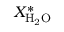
X _ { \mathrm { H _ { 2 } O } } ^ { * }